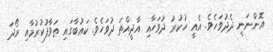
އޮންނަނީ ދެދުވަހެވެ. އެއީ ހުކުރު ދުވަހާއި އާދީއްތަ ދުވަހެވެ. ކަޢުބާގައި ޠަވާފުކުރުމާއި ރޯދަ